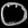
Digit: ၀